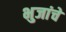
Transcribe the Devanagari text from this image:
भुजांचे